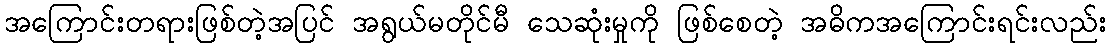
အကြောင်းတရားဖြစ်တဲ့အပြင် အရွယ်မတိုင်မီ သေဆုံးမှုကို ဖြစ်စေတဲ့ အဓိကအကြောင်းရင်းလည်း